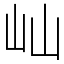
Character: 屾